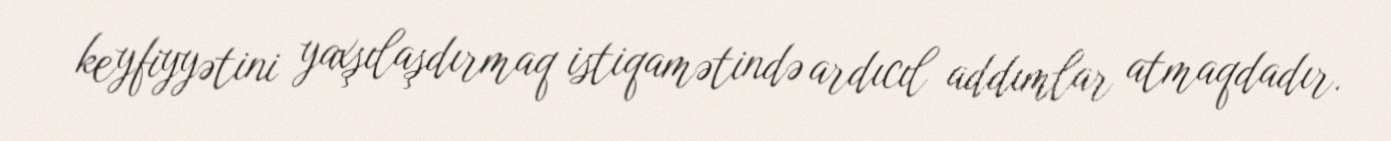
keyfiyyətini yaxşılaşdırmaq istiqamətində ardıcıl addımlar atmaqdadır.